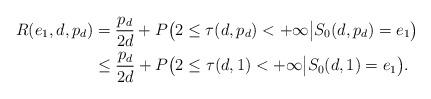
LaTeX: \begin{align*}R(e_1,d,p_d)&=\frac{p_d}{2d}+P\big(2\leq\tau(d,p_d)<+\infty\big|S_0(d,p_d)=e_1\big)\\&\leq\frac{p_d}{2d}+P\big(2\leq\tau(d,1)<+\infty\big|S_0(d,1)=e_1\big).\end{align*}